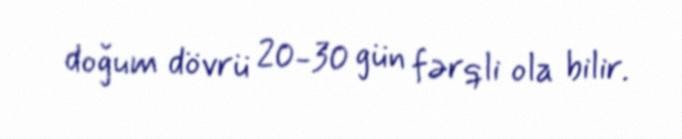
doğum dövrü 20-30 gün fərqli ola bilir.